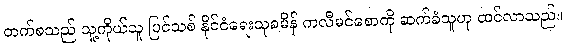
တက်စသည် သူ့ကိုယ်သူ ပြင်သစ် နိုင်ငံရေးသုခမိန် ကလီမင်စောကို ဆက်ခံသူဟု ထင်လာသည်။